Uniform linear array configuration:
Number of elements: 64
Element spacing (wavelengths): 0.75
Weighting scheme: cosine
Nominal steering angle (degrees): -45
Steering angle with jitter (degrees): -46.131
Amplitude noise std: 0.05
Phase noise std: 0.05

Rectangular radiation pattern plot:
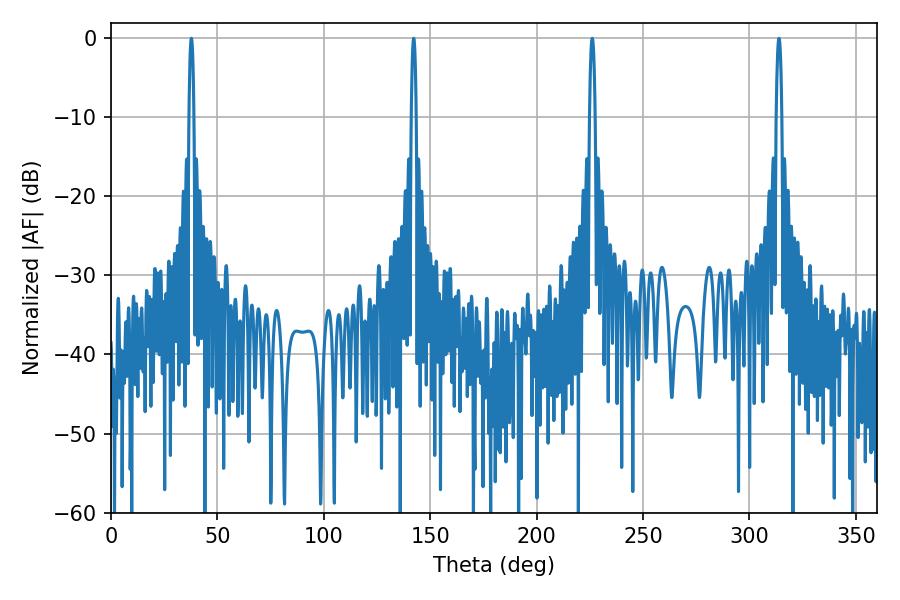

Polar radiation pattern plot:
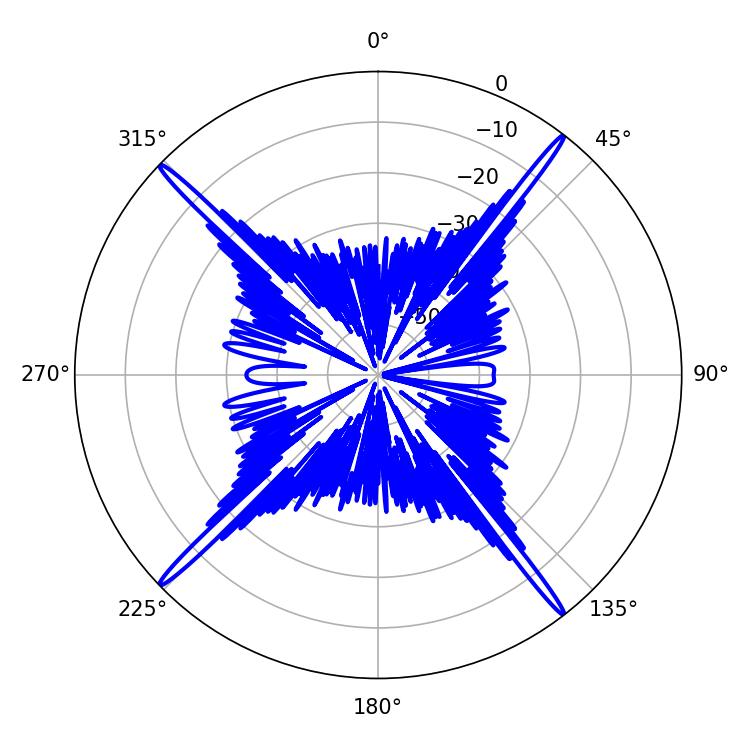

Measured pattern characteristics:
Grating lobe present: TRUE
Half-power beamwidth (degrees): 1.26
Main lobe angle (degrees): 142.2